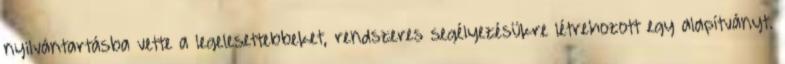
nyilvántartásba vette a legelesettebbeket, rendszeres segélyezésükre létrehozott egy alapítványt.